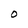
Character: O